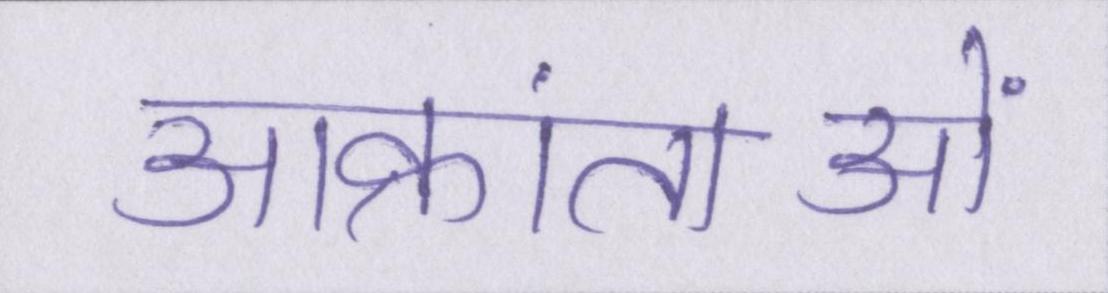
आक्रांताओं